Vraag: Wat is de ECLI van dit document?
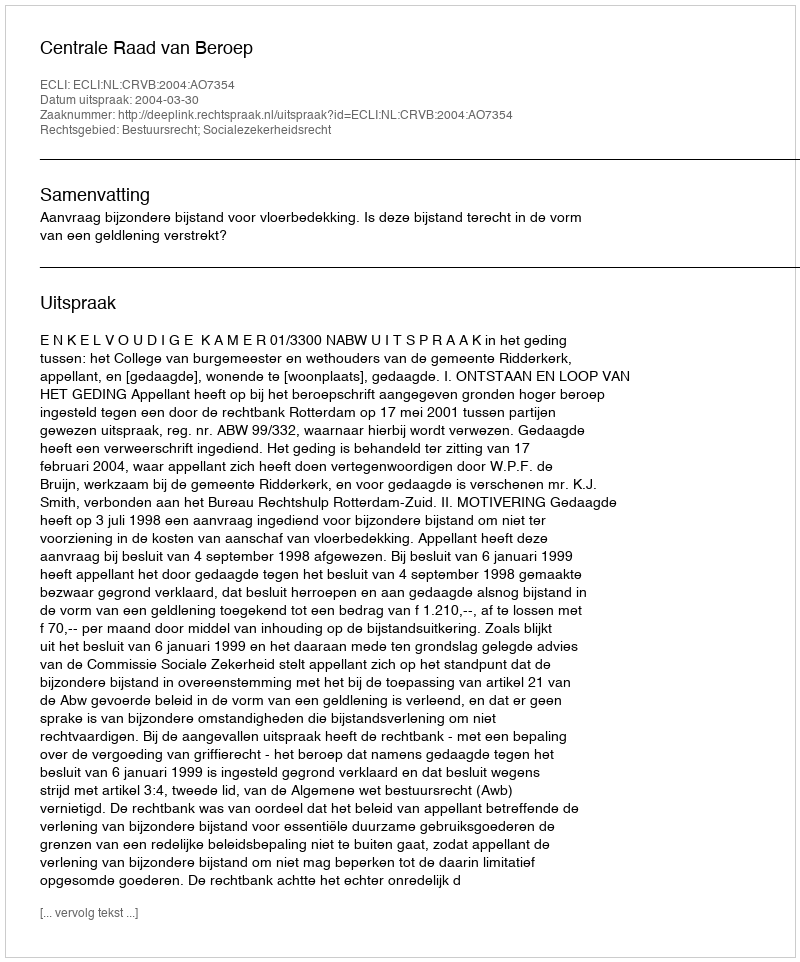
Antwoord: ECLI:NL:CRVB:2004:AO7354